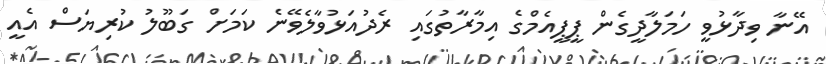
އޭނާ ވިދާޅުވީ ހަމަލާދީގެން ޕީޕީއެމްގެ އިމާރާތުގައި ރެދުއަޅުވާލެވޭނެ ކަމަށް ގަބޫލު ކުރިޔަސް އެއީ